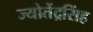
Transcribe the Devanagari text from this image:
ज्योतेंद्रसिंह